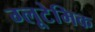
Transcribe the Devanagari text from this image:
ग्लूटेमिक